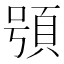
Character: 䪽